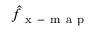
\hat { f } _ { \mathrm { ~ x ~ - ~ m ~ a ~ p ~ } }